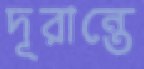
দূরান্তে